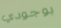
بوجودي